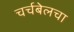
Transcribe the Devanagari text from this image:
चर्चबेलचा